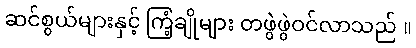
ဆင်စွယ်များနှင့် ကြံ့ချိုများ တဖွဲဖွဲဝင်လာသည် ။